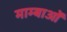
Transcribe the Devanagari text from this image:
माम्बाओं